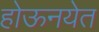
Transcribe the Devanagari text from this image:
होऊनयेत